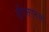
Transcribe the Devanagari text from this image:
वीएसएनओ